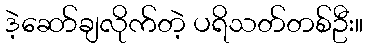
ဒဲ့ဆော်ချလိုက်တဲ့ ပရိသတ်တစ်ဦး။